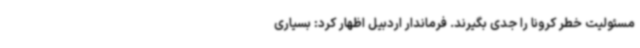
مسئولیت خطر کرونا را جدی بگیرند. فرماندار اردبیل اظهار کرد: بسیاری